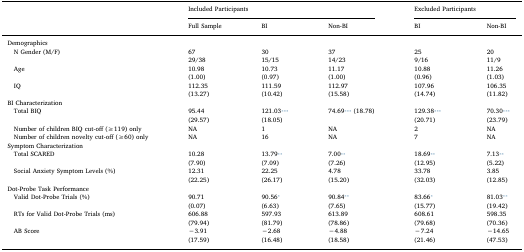
| <ROWSPAN=2>  | <COLSPAN=3> Included Participants | <COLSPAN=2> Excluded Participants |
 | Full Sample | BI | Non-BI | BI | Non-BI |
 | --- | --- | --- | --- | --- | --- |
 | Demographics |  |  |  |  |  |
 | N Gender (M/F) | 6729/38 | 3015/15 | 3714/23 | 259/16 | 2011/9 |
 | Age | 10.98(1.00) | 10.73(0.97) | 11.17(1.00) | 10.88(0.96) | 11.26(1.03) |
 | IQ | 112.35(13.27) | 111.59(10.42) | 112.97(15.58) | 107.96(14.74) | 106.35(11.82) |
 | BI Characterization |  |  |  |  |  |
 | Total BIQ | 95.44(29.57) | 121.03⁎⁎⁎(18.05) | 74.69⁎⁎⁎ (18.78) | 129.38⁎⁎⁎(20.71) | 70.30⁎⁎⁎(23.79) |
 | Number of children BIQ cut-off (≥119) only | NA | 1 | NA | 2 | NA |
 | Number of children novelty cut-off (≥60) only | NA | 16 | NA | 7 | NA |
 | Symptom Characterization |  |  |  |  |  |
 | Total SCARED | 10.28(7.90) | 13.79⁎⁎(7.09) | 7.00⁎⁎(7.26) | 18.69⁎⁎(12.95) | 7.13⁎⁎(5.22) |
 | Social Anxiety Symptom Levels (%) | 12.31(22.25) | 22.25(26.17) | 4.78(15.20) | 33.78(32.03) | 3.85(12.85) |
 | Dot-Probe Task Performance |  |  |  |  |  |
 | Valid Dot-Probe Trials (%) | 90.71(0.07) | 90.56⁎(6.63) | 90.84⁎⁎(7.65) | 83.66⁎(15.77) | 81.03⁎⁎(19.42) |
 | RTs for Valid Dot-Probe Trials (ms) | 606.88(79.94) | 597.93(81.79) | 613.89(78.86) | 608.61(79.68) | 598.35(70.36) |
 | AB Score | −3.91(17.59) | −2.68(16.48) | −4.88(18.58) | −7.24(21.46) | −14.65(47.53) |